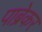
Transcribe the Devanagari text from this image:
पाब्रेकर